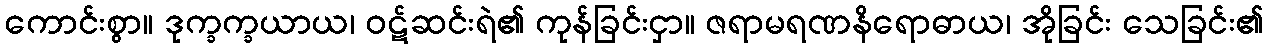
ကောင်းစွာ။ ဒုက္ခက္ခယာယ၊ ဝဋ်ဆင်းရဲ၏ ကုန်ခြင်းငှာ။ ဇရာမရဏနိရောဓာယ၊ အိုခြင်း သေခြင်း၏